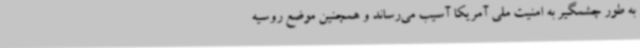
به طور چشمگیر به امنیت ملی آمریکا آسیب می‌رساند و همچنین موضع روسیه